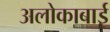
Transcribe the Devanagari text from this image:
अलोकाबाई